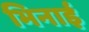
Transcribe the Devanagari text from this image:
भिनाई